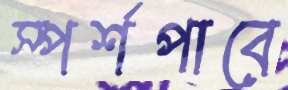
স্পর্শপাবে